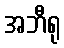
အဘီရု